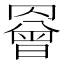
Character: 𦌘